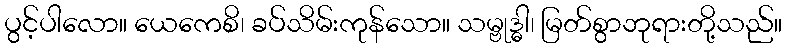
ပွင့်ပါလော။ ယေကေစိ၊ ခပ်သိမ်းကုန်သော။ သမ္ဗုဒ္ဓါ၊ မြတ်စွာဘုရားတို့သည်။